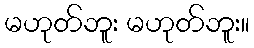
မဟုတ်ဘူး မဟုတ်ဘူး။